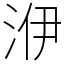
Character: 洢